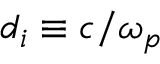
d _ { i } \equiv c / \omega _ { p }